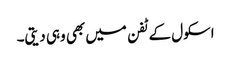
اسکول کے ٹفن میں بھی وہی دیتی۔